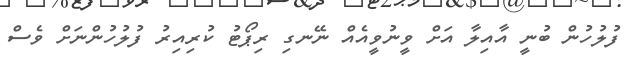
ފުލުހުން ބުނީ އާއިލާ އަށް ވީނުވީއެއް ނޭނގި ރިޕޯޓު ކުރިއިރު ފުލުހުންނަށް ވެސް